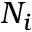
N _ { i }